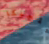
بلجيكا